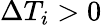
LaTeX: \Delta T_{i}>0